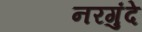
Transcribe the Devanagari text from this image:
नरगुंदे